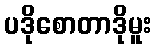
ပဒိုစောတာဒိုမူး